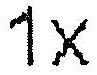
1X